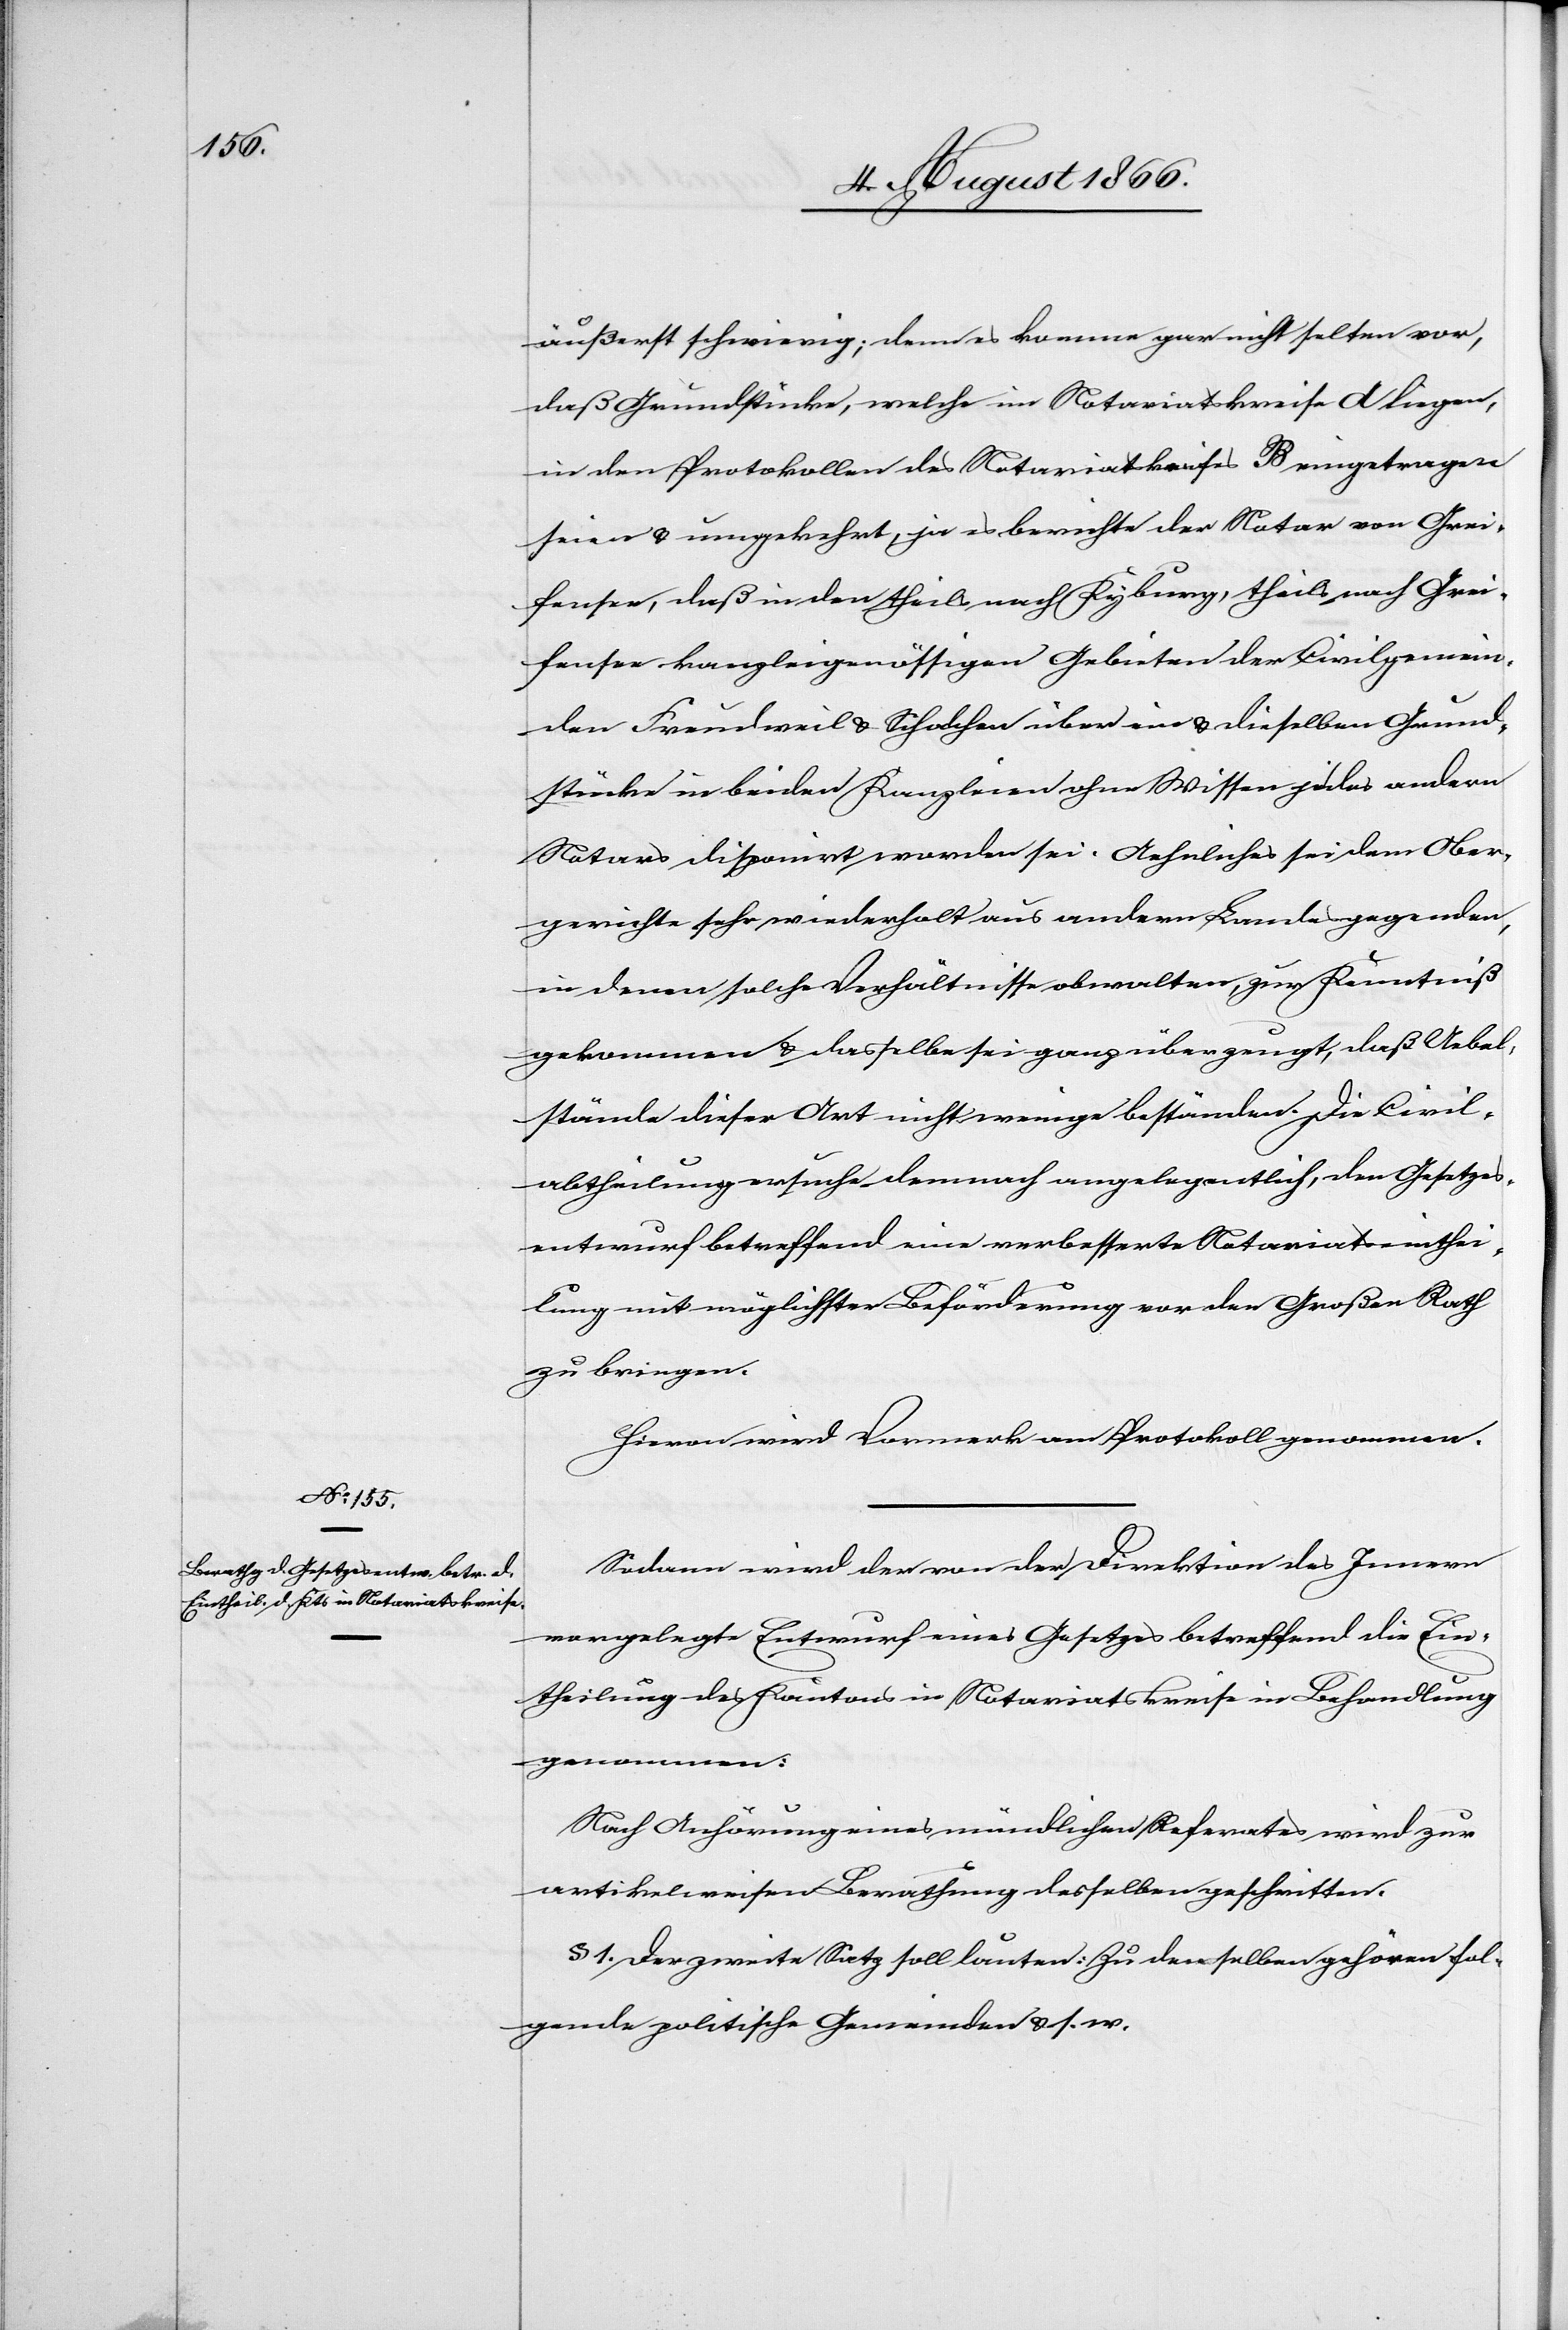
äußerst schwierig; denn es komme gar nicht selten vor,
daß Grundstücke, welche im Notariatskreise A liegen,
in den Protokollen des Notariatskreises B eingetragen
seien u. umgekehrt, ja es berichte der Notar von Grei¬
fensee, daß in den theils nach Kyburg, theils nach Grei¬
fensee kanzleigenössigen Gebieten der Civilgemein¬
de Freudweil u. Schalchen über ein u. dieselben Grund¬
stücke in beiden Kanzleien ohne Wissen je des andern
Notars disponirt worden sei. Aehnliches sei dem Ober¬
gerichte sehr wiederholt aus andern Landesgegenden
in denen solche Verhältnisse obwalten, zur Kenntniß
gekommen u. dasselbe sei ganz überzeugt, daß Uebel¬
stände dieser Art nicht wenige beständen. Die Civil¬
abtheilung ersuche demnach angelegentlich, den Gesetzes¬
entwurf betreffend eine verbesserte Notariatseinthei¬
lung mit möglichster Beförderung vor den Großen Rath
zu bringen.
Hievon wird Vormerk am Protokoll genommen.
Sodann wird der von der Direktion des Innern
vorgelegte Entwurf eines Gesetzes betreffend die Ein¬
theilung des Kantons in Notariatskreise in Behandlung
genommen:
Nach Anhörung eines mündlichen Referates wird zur
artikelweisen Berathung desselben geschritten.
§ 1. der zweite Satz soll lauten: Zu denselben gehören fol¬
gende politische Gemeinden u. s. w.